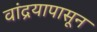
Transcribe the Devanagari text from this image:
वांद्रयापासून